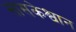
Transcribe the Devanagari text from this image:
सासकेश्वान